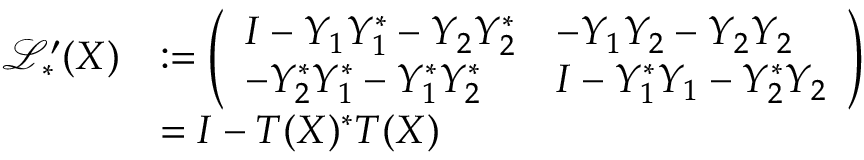
\begin{array} { r l } { \mathscr { L } _ { * } ^ { \prime } ( X ) } & { : = \left( \begin{array} { l l } { I - Y _ { 1 } Y _ { 1 } ^ { * } - Y _ { 2 } Y _ { 2 } ^ { * } } & { - Y _ { 1 } Y _ { 2 } - Y _ { 2 } Y _ { 2 } } \\ { - Y _ { 2 } ^ { * } Y _ { 1 } ^ { * } - Y _ { 1 } ^ { * } Y _ { 2 } ^ { * } } & { I - Y _ { 1 } ^ { * } Y _ { 1 } - Y _ { 2 } ^ { * } Y _ { 2 } } \end{array} \right) } \\ & { = I - T ( X ) ^ { * } T ( X ) } \end{array}